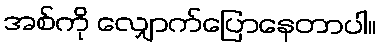
အစ်ကို လျှောက်ပြောနေတာပါ။